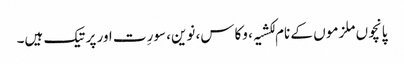
پانچوں ملزمو ں کے نام لکشیہ، وکاس، نوین، سورِت اور پرتیک ہیں۔